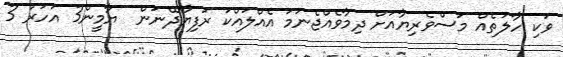
ވަކި ހާލަތެއް މަސްވެރިޔާއަށް ދިމާވެއްޖެނަމަ އެއްލައްކަ ރުފިޔާދޭނަން  ޔާމީން3 އަހަރު 3